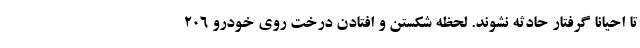
تا احیانا گرفتار حادثه نشوند. لحظه شکستن و افتادن درخت روی خودرو ۲۰۶